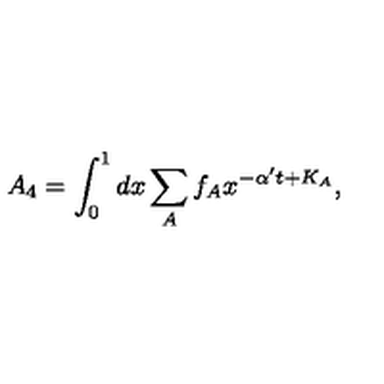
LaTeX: A _ { 4 } = \int _ { 0 } ^ { 1 } d x \sum _ { A } f _ { A } x ^ { - \alpha ^ { \prime } t + K _ { A } } ,